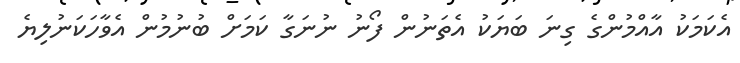
އެކަަމަކު އާއްމުންގެ ގިނަ ބަޔަކު އެތަނުން ފޯނު ނުނަގާ ކަމަށް ބުނުމުން އެވާހަކަނުލިޔެ